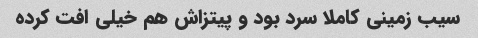
سیب زمینی کاملا سرد بود و پیتزاش هم خیلی افت کرده